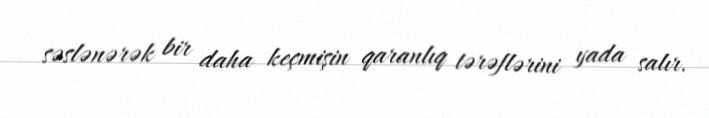
səslənərək bir daha keçmişin qaranlıq tərəflərini yada salır.